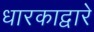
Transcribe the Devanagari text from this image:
धारकाद्वारे